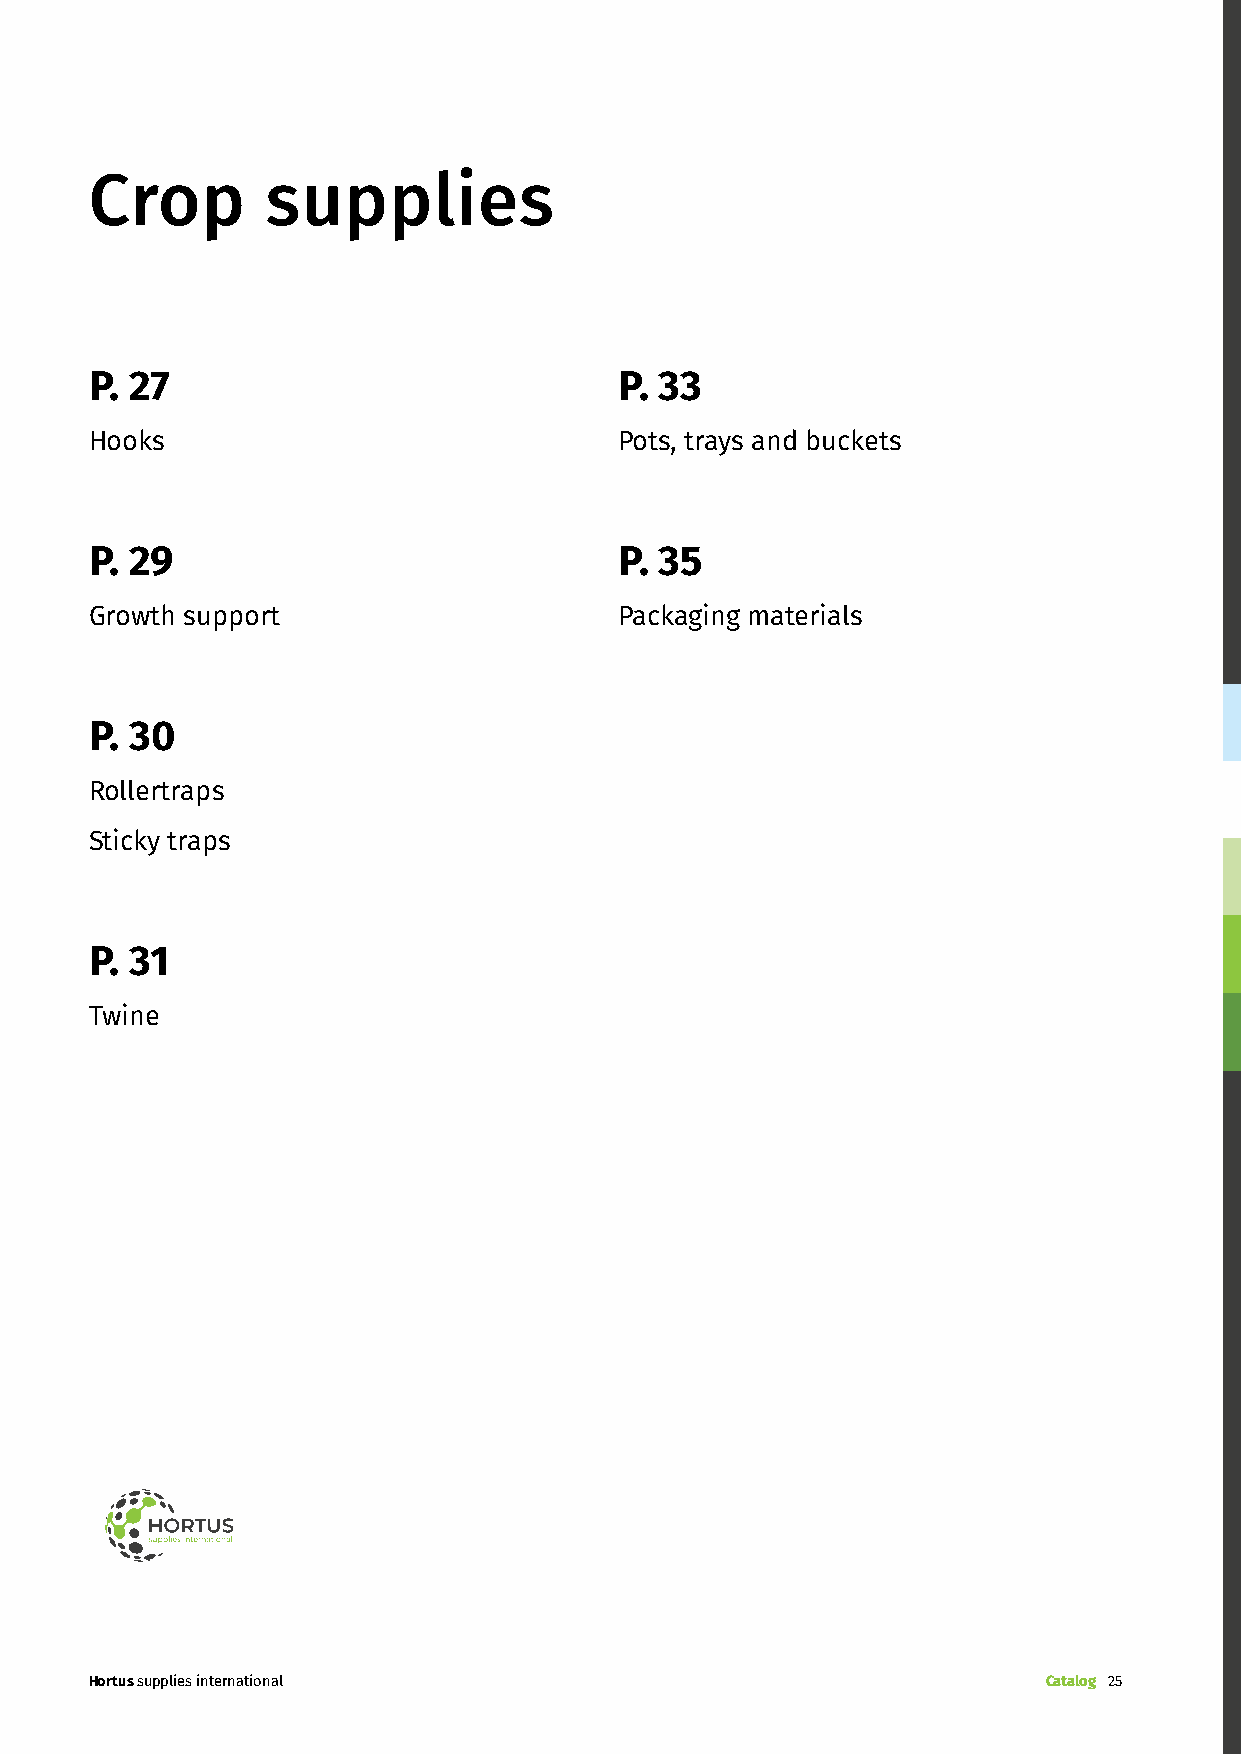
Crop        supplies
 P. 27                              P. 33
 Hooks                              Pots, trays and buckets
 P. 29                              P. 35
 Growth support                     Packaging materials
 P. 30
 Rollertraps
 Sticky traps
 P. 31
 Twine
 Hortus supplies international                                  Catalog 25